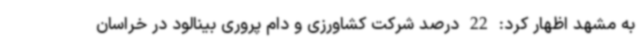
به مشهد اظهار کرد: 22 درصد شرکت کشاورزی و دام پروری بینالود در خراسان